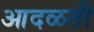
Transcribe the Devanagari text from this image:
आदळती